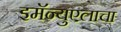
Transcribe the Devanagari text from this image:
इमॅन्युएलाचा